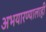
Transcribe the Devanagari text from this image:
अभयारण्यालाही